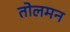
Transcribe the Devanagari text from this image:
तोलमन